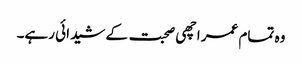
وہ تمام عمر اچھی صحبت کے شیدائی رہے۔